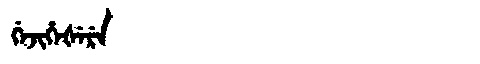
Manchu: ᡤᡝᠵᡳᡥᡝᡧᡝᡵᡝ
Romanization: GEJIHEŠERE